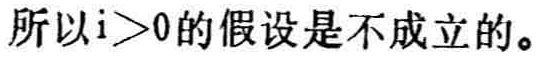
所以\(i > 0\)的假设是不成立的。